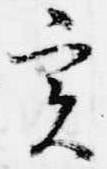
実